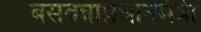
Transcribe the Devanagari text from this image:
बसवन्नाप्रधानमंत्री